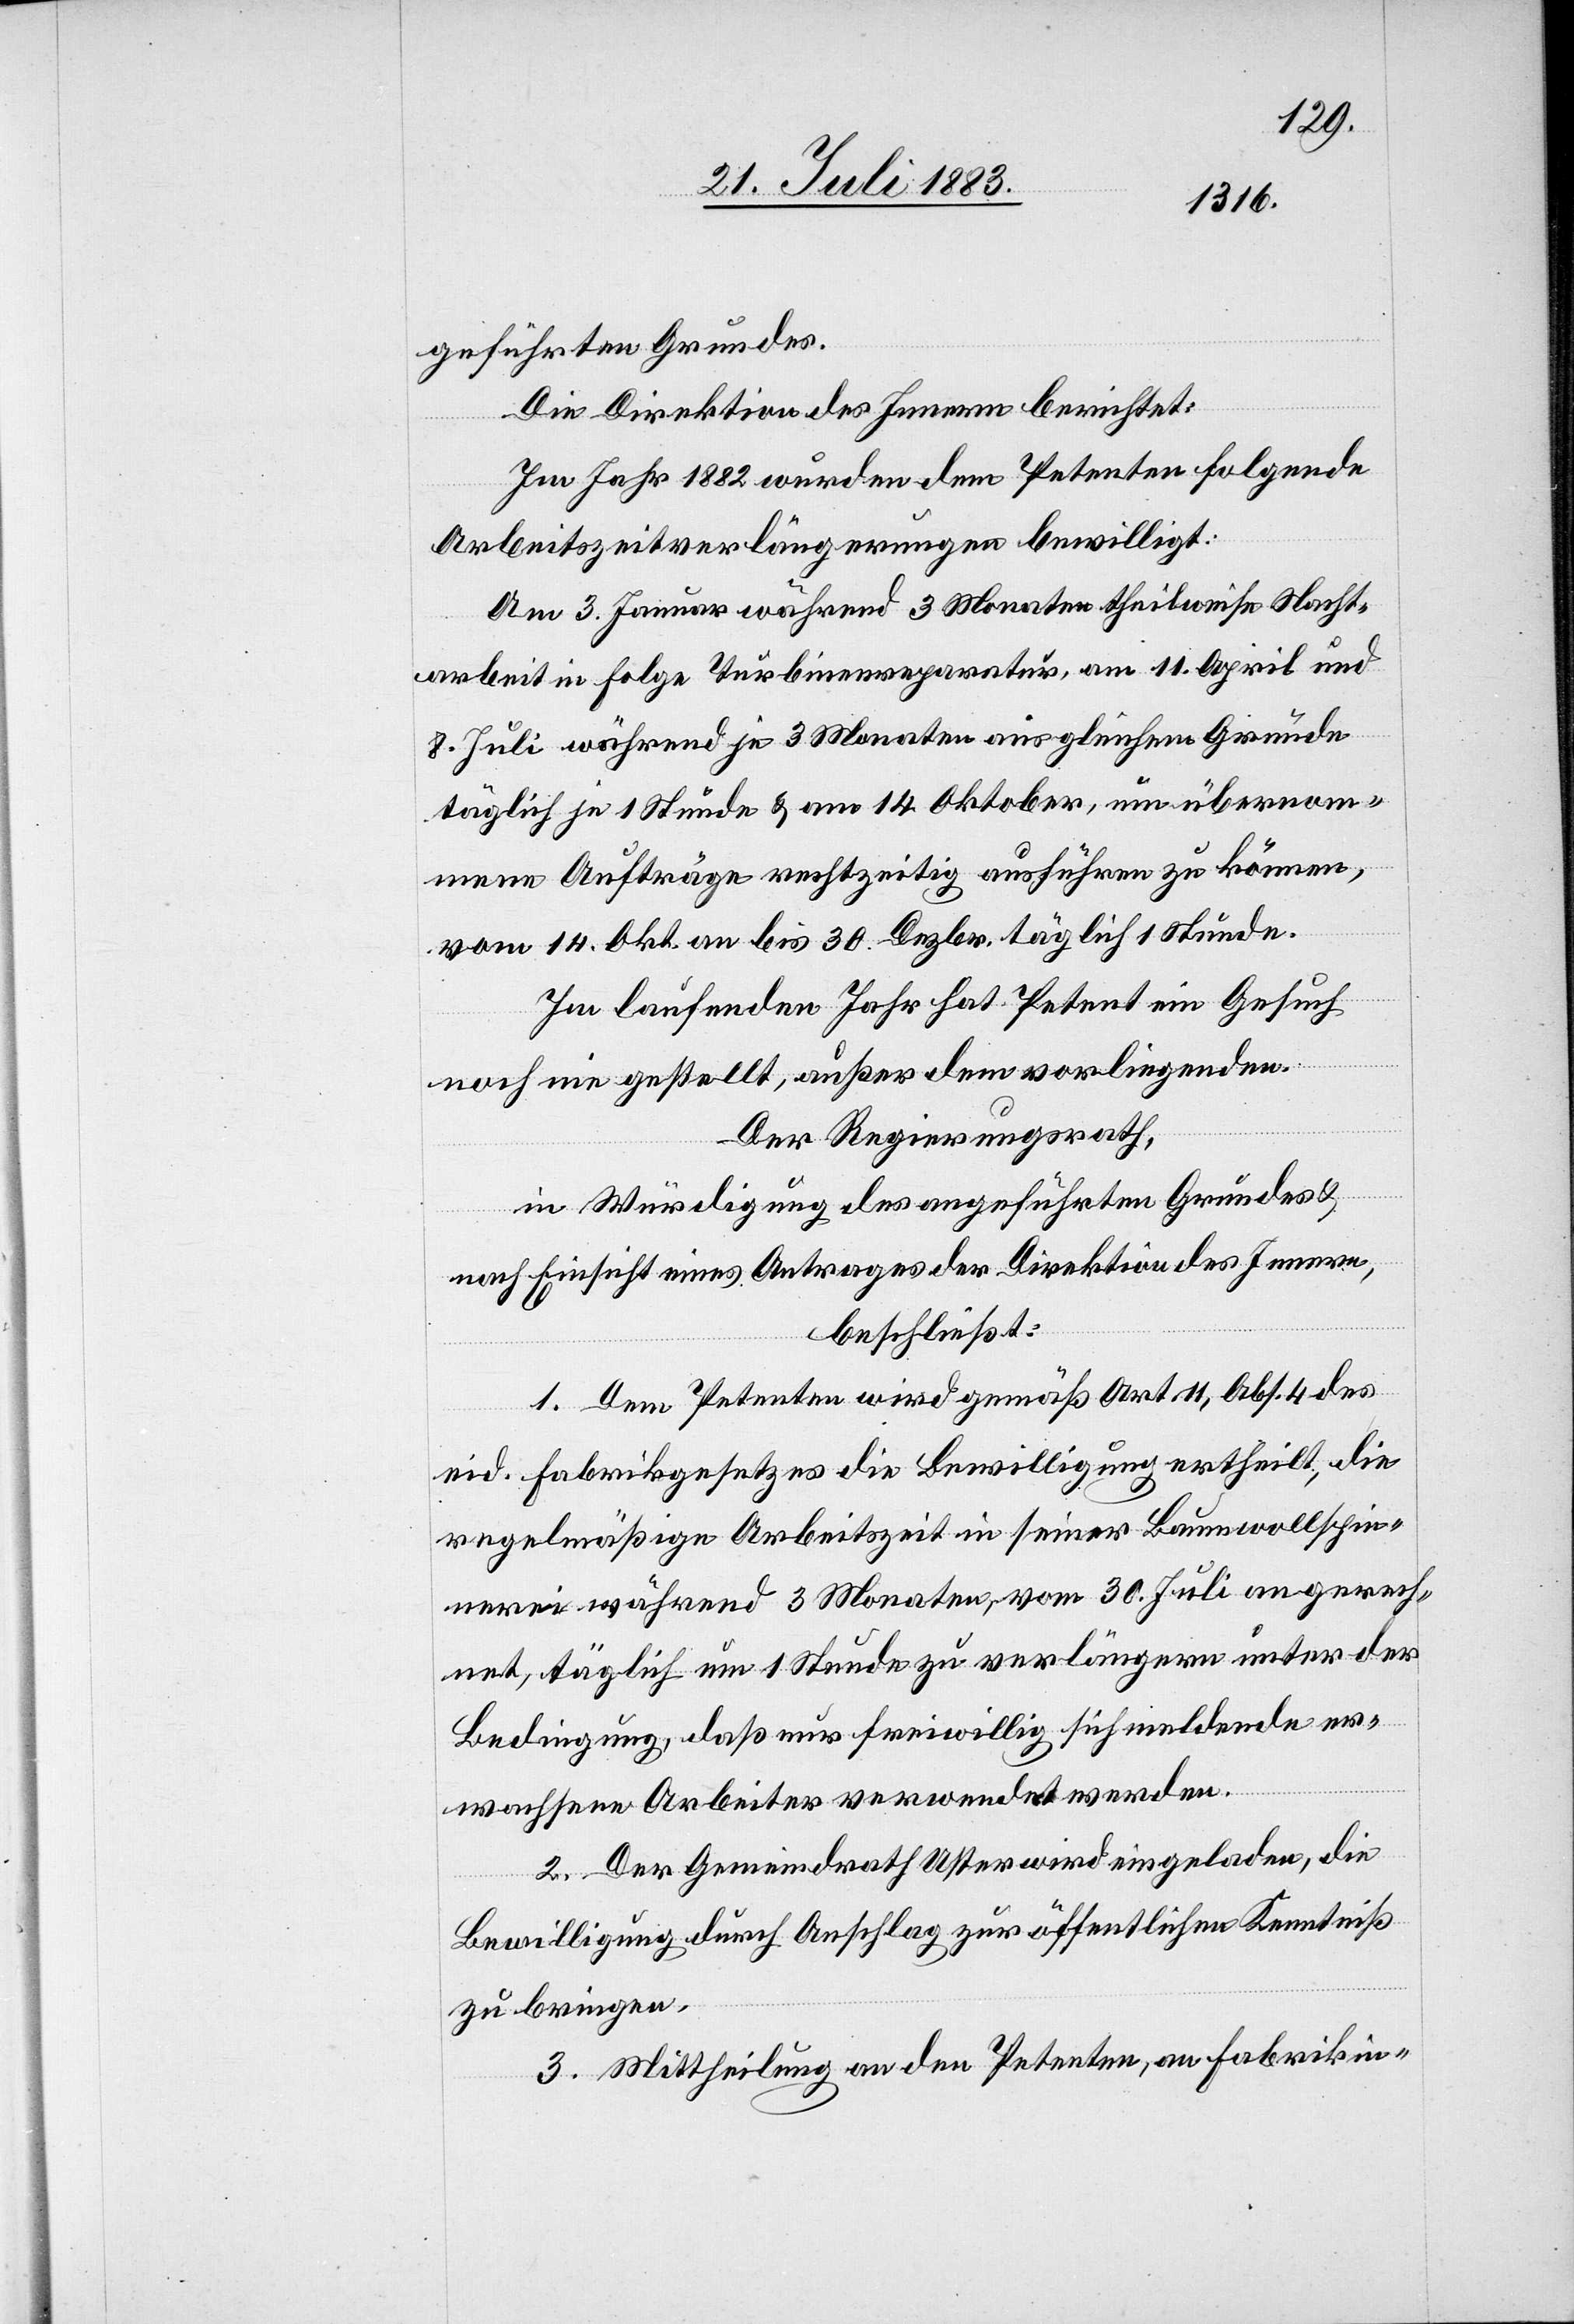
geführten Grundes.
Die Direktion des Innern berichtet:
Im Jahr 1882 wurden dem Petenten folgende
Arbeitszeitverlängerungen bewilligt:
Am 3. Januar während 3 Monaten theilweise Nacht¬
arbeit in Folge Turbinenreparatur, am 11. April und
8. Juli während je 3 Monaten aus gleichem Grunde
täglich je 1 Stunde & am 14. Oktober, um übernom¬
mene Aufträge rechtzeitig ausführen zu können,
vom 14. Okt. an bis 30. Dezbr. täglich 1 Stunde.
Im laufenden Jahr hat Petent ein Gesuch
noch nie gestellt, außer dem vorliegenden.
Der Regierungsrath,
in Würdigung des angeführten Grundes &
nach Einsicht eines Antrages der Direktion des Innern,
beschließt:
1. Dem Petenten wird gemäß Art. 11, Abs. 4 des
eid. Fabrikgesetzes die Bewilligung ertheilt, die
regelmäßige Arbeitszeit in seiner Baumwollspin¬
nerei während 3 Monaten, vom 30. Juli an gerech¬
net, täglich um 1 Stunde zu verlängern unter der
Bedingung, daß nur freiwillig sich meldende er¬
wachsene Arbeiter verwendet werden.
2. Der Gemeindrath Uster wird eingeladen, die
Bewilligung durch Anschlag zur öffentlichen Kenntniß
zu bringen.
3. Mittheilung an den Petenten, an Fabrikin-